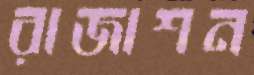
রাজাশন